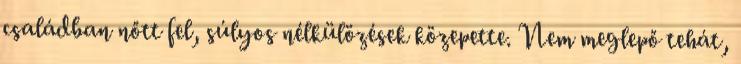
családban nőtt fel, súlyos nélkülözések közepette. Nem meglepő tehát,